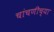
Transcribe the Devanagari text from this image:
चांचणीच्या